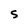
Character: S